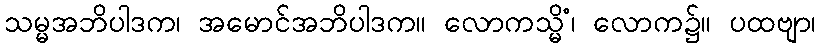
သမ္မအဘိပါဒက၊ အမောင်အဘိပါဒက။ လောကသ္မိံ၊ လောက၌။ ပထဗျာ၊